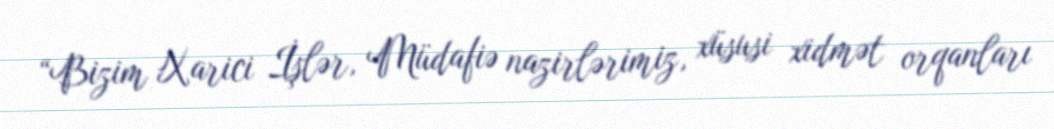
“Bizim Xarici İşlər, Müdafiə nazirlərimiz, xüsusi xidmət orqanları